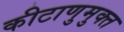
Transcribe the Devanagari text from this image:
कीटाणुमुक्त